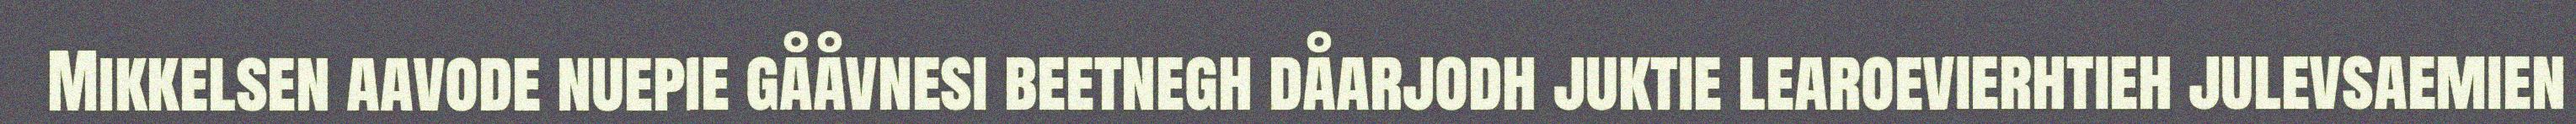
Mikkelsen aavode nuepie gååvnesi beetnegh dåarjodh juktie learoevierhtieh julevsaemien